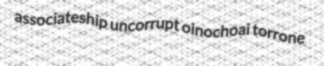
associateship uncorrupt oinochoai torrone